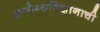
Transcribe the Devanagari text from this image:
आरोग्यविज्ञानाची